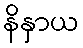
နိနှာယ